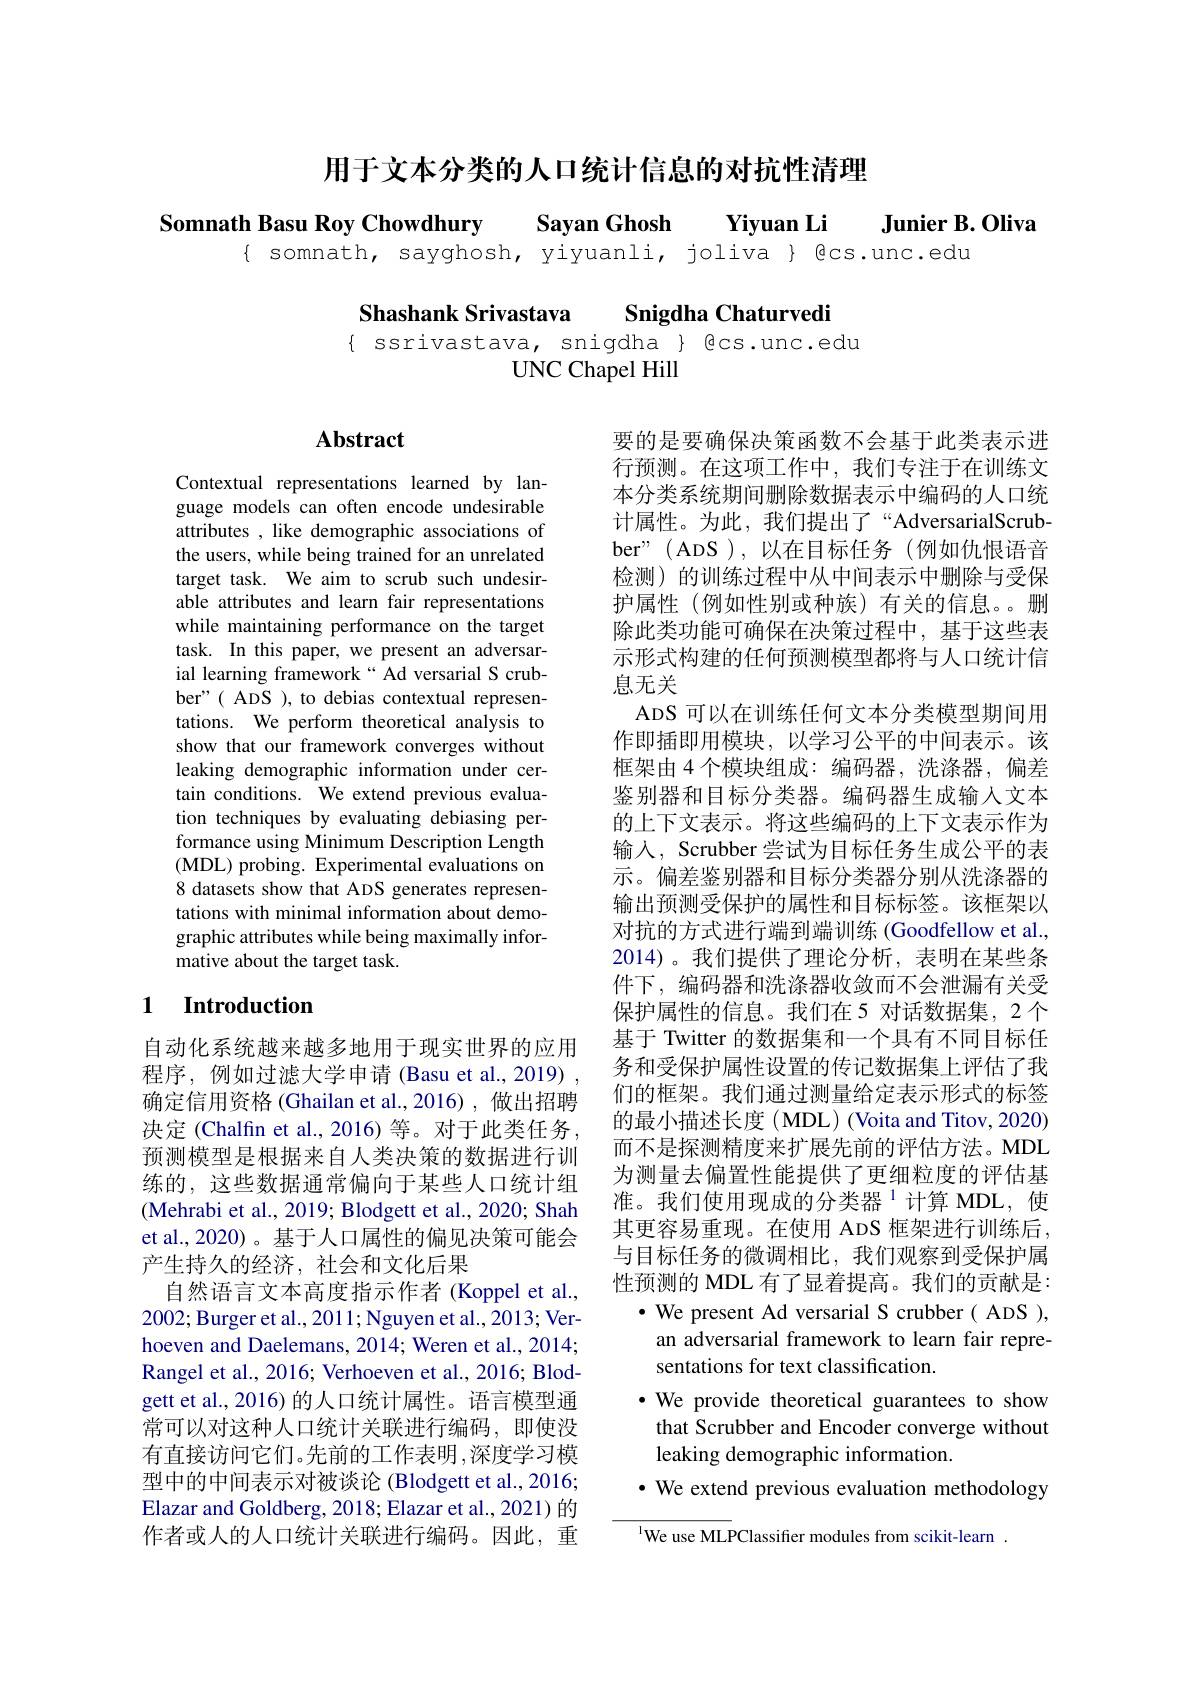
用于文本分类的人口统计信息的对抗性清理

Somnath Basu Roy Chowdhury Sayan Ghosh Yiyuan Li
$\textbf{Junier B. Oliva}$
{ somnath, sayghosh, yiyuanli, joliva } @cs.unc.edu

Shashank Srivastava

Snigdha Chaturvedi

$\{$ ssrivastava, snigdha $\}$ @cs.unc.edu
UNC Chapel Hill

## $\mathbf{Abstract}$

Contextual representations learned by language models can often encode undesirable attributes , like demographic associations of the users, while being trained for an unrelated target task. We aim to scrub such undesirable attributes and learn fair representations while maintaining performance on the target task. In this paper, we present an adversarial learning framework“Ad versarial S crubber"( ADS ), to debias contextual representations. We perform theoretical analysis to show that our framework converges without leaking demographic information under certain conditions. We extend previous evaluation techniques by evaluating debiasing performance using Minimum Description Length (MDL) probing. Experimental evaluations on 8 datasets show that ADS generates representations with minimal information about demographic attributes while being maximally informative about the target task.

要的是要确保决策函数不会基于此类表示进行预测。在这项工作中，我们专注于在训练文本分类系统期间删除数据表示中编码的人口统计属性。为此，我们提出了“AdversarialScrubber"(ADS),以在目标任务(例如仇恨语音检测)的训练过程中从中间表示中删除与受保护属性(例如性别或种族)有关的信息。删除此类功能可确保在决策过程中，基于这些表示形式构建的任何预测模型都将与人口统计信息无关
ADS 可以在训练任何文本分类模型期间用作即插即用模块，以学习公平的中间表示。该框架由 4 个模块组成：编码器，洗涤器，偏差鉴别器和目标分类器。编码器生成输入文本的上下文表示。将这些编码的上下文表示作为输入，Scrubber 尝试为目标任务生成公平的表示。偏差鉴别器和目标分类器分别从洗涤器的输出预测受保护的属性和目标标签。该框架以对抗的方式进行端到端训练 (Goodfellow et al., 2014)。我们提供了理论分析，表明在某些条件下，编码器和洗涤器收敛而不会泄漏有关受保护属性的信息。我们在5 对话数据集，2个基于 Twitter 的数据集和一个具有不同目标任务和受保护属性设置的传记数据集上评估了我们的框架。我们通过测量给定表示形式的标签的最小描述长度(MDL)(Voita and Titov, 2020) 而不是探测精度来扩展先前的评估方法。MDL 为测量去偏置性能提供了更细粒度的评估基准。我们使用现成的分类器$^{1}$计算 MDL,使其更容易重现。在使用 ADS 框架进行训练后， 与目标任务的微调相比，我们观察到受保护属性预测的 MDL 有了显着提高。我们的贡献是：
$\bullet$ We present Ad versarial S crubber( ADS ), an adversarial framework to learn fair representations for text classification.
·We provide theoretical guarantees to show that Scrubber and Encoder converge without leaking demographic information.
$\bullet$ We extend previous evaluation methodology
$^{\mathrm{l}}$We use MLPClassifier modules from scikit-learn

### 1 $\textbf{Introduction}$

自动化系统越来越多地用于现实世界的应用程序，例如过滤大学申请 (Basu et al., 2019) , 确定信用资格(Ghailan et al.,2016),做出招聘决定 (Chalfin et al., 2016) 等。对于此类任务， 预测模型是根据来自人类决策的数据进行训练的，这些数据通常偏向于某些人口统计组(Mehrabi et al., 2019; Blodgett et al., 2020; Shah et al.,2020)。基于人口属性的偏见决策可能会产生持久的经济，社会和文化后果
自然语言文本高度指示作者(Koppel et al., 2002; Burger et al., 2011; Nguyen et al., 2013; Verhoeven and Daelemans, 2014; Weren et al., 2014; Rangel et al., 2016; Verhoeven et al., 2016; Blodgett et al.,2016) 的人口统计属性。语言模型通常可以对这种人口统计关联进行编码，即使没有直接访问它们。先前的工作表明，深度学习模型中的中间表示对被谈论 (Blodgett et al., 2016; Elazar and Goldberg, 2018; Elazar et al., 2021) 的作者或人的人口统计关联进行编码。因此，重